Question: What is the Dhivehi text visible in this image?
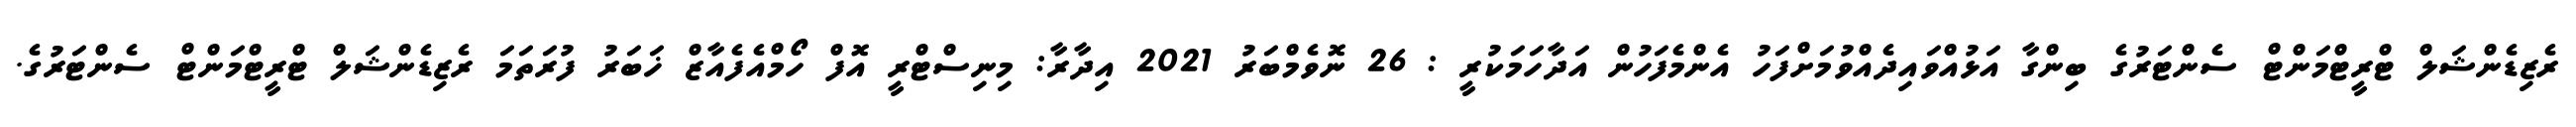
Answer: ރެޒިޑެންޝަލް ޓްރީޓްމަންޓް ސެންޓަރުގެ ބިންގާ އަޅުއްވައިދެއްވުމަށްފަހު އެންމެފަހުން އަދާހަމަކުރީ : 26 ނޮވެމްބަރު 2021 އިދާރާ: މިނިސްޓްރީ އޮފް ހޯމްއެފެއާޒް ޚަބަރު ފުރަތަމަ ރެޒިޑެންޝަލް ޓްރީޓްމަންޓް ސެންޓަރުގެ.